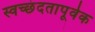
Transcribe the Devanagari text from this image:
स्वच्छंदतापूर्वक